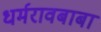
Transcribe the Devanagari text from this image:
धर्मरावबाबा